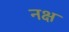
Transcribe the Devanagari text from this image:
नक्ष